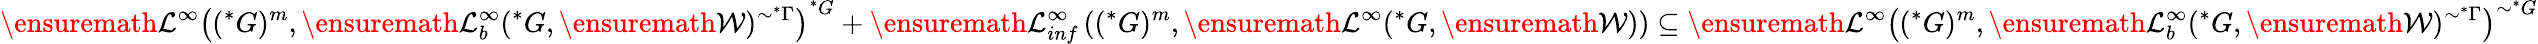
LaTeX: \ensuremath{\mathcal{L}}^{\infty}\left((^{*}G)^{m},\ensuremath{\mathcal{L}}_{b}^{\infty}(^{*}G,\ensuremath{\mathcal{W}})^{\sim^{*}\Gamma}\right)^{^{*}G}+\ensuremath{\mathcal{L}}_{inf}^{\infty}\left((^{*}G)^{m},\ensuremath{\mathcal{L}}^{\infty}(^{*}G,\ensuremath{\mathcal{W}})\right)\subseteq\ensuremath{\mathcal{L}}^{\infty}\left((^{*}G)^{m},\ensuremath{\mathcal{L}}_{b}^{\infty}(^{*}G,\ensuremath{\mathcal{W}})^{\sim^{*}\Gamma}\right)^{\sim^{*}G}